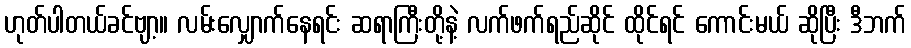
ဟုတ်ပါတယ်ခင်ဗျာ့။ လမ်းလျှောက်နေရင်း ဆရာကြီးတို့နဲ့ လက်ဖက်ရည်ဆိုင် ထိုင်ရင် ကောင်းမယ် ဆိုပြီး ဒီဘက်